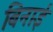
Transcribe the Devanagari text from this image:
बिनाई